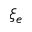
\xi _ { e }